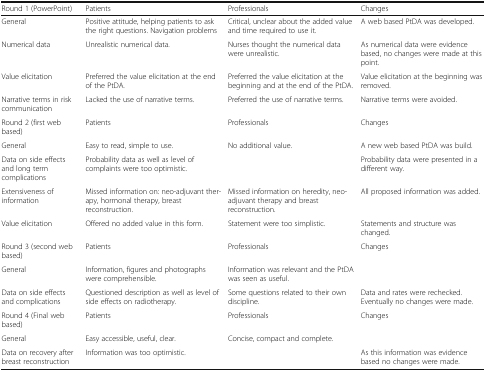
<table><thead><tr><td><b>Round 1 (PowerPoint)</b></td><td><b>Patients</b></td><td><b>Professionals</b></td><td><b>Changes</b></td></tr></thead><tbody><tr><td>General</td><td>Positive attitude, helping patients to ask the right questions. Navigation problems</td><td>Critical, unclear about the added value and time required to use it.</td><td>A web based PtDA was developed.</td></tr><tr><td>Numerical data</td><td>Unrealistic numerical data.</td><td>Nurses thought the numerical data were unrealistic.</td><td>As numerical data were evidence based, no changes were made at this point.</td></tr><tr><td>Value elicitation</td><td>Preferred the value elicitation at the end of the PtDA.</td><td>Preferred the value elicitation at the beginning and at the end of the PtDA.</td><td>Value elicitation at the beginning was removed.</td></tr><tr><td>Narrative terms in risk communication</td><td>Lacked the use of narrative terms.</td><td>Preferred the use of narrative terms.</td><td>Narrative terms were avoided.</td></tr><tr><td>Round 2 (first web based)</td><td>Patients</td><td>Professionals</td><td>Changes</td></tr><tr><td>General</td><td>Easy to read, simple to use.</td><td>No additional value.</td><td>A new web based PtDA was build.</td></tr><tr><td>Data on side effects and long term complications</td><td>Probability data as well as level of complaints were too optimistic.</td><td></td><td>Probability data were presented in a different way.</td></tr><tr><td>Extensiveness of information</td><td>Missed information on: neo-adjuvant therapy, hormonal therapy, breast reconstruction.</td><td>Missed information on heredity, neo-adjuvant therapy and breast reconstruction.</td><td>All proposed information was added.</td></tr><tr><td>Value elicitation</td><td>Offered no added value in this form.</td><td>Statement were too simplistic.</td><td>Statements and structure was changed.</td></tr><tr><td>Round 3 (second web based)</td><td>Patients</td><td>Professionals</td><td>Changes</td></tr><tr><td>General</td><td>Information, figures and photographs were comprehensible.</td><td>Information was relevant and the PtDA was seen as useful.</td><td></td></tr><tr><td>Data on side effects and complications</td><td>Questioned description as well as level of side effects on radiotherapy.</td><td>Some questions related to their own discipline.</td><td>Data and rates were rechecked.Eventually no changes were made.</td></tr><tr><td>Round 4 (Final web based)</td><td>Patients</td><td>Professionals</td><td>Changes</td></tr><tr><td>General</td><td>Easy accessible, useful, clear.</td><td>Concise, compact and complete.</td><td></td></tr><tr><td>Data on recovery after breast reconstruction</td><td>Information was too optimistic.</td><td></td><td>As this information was evidence based no changes were made.</td></tr></tbody></table>